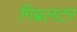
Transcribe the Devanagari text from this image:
गिब्रलटर